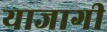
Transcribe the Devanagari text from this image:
याजागी